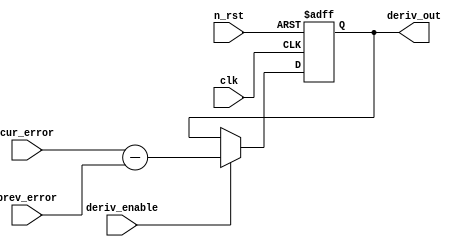
module derivative_calc #(
    parameter ADC_WIDTH = 8
) (
    input clk, n_rst, deriv_enable,
    input [ADC_WIDTH-1:0] cur_error, prev_error, 
    output reg [ADC_WIDTH-1:0] deriv_out
);


always @(posedge clk, negedge n_rst) begin
    if (n_rst == 0) begin
        deriv_out <= '0;
    end else if (deriv_enable == 1) begin
        deriv_out <= cur_error - prev_error;
    end
end


endmodule